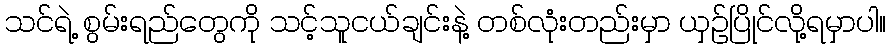
သင်ရဲ့ စွမ်းရည်တွေကို သင့်သူငယ်ချင်းနဲ့ တစ်လုံးတည်းမှာ ယှဉ်ပြိုင်လို့ရမှာပါ။